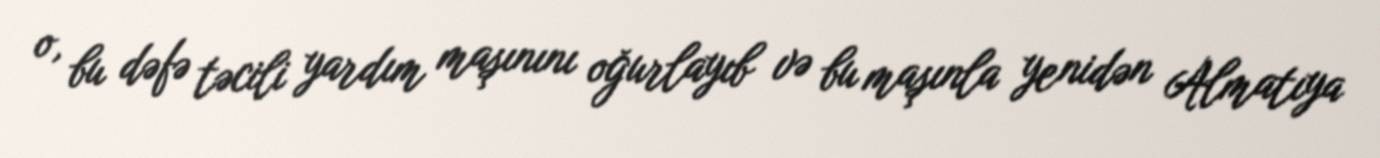
o, bu dəfə təcili yardım maşınını oğurlayıb və bu maşınla yenidən Almatıya